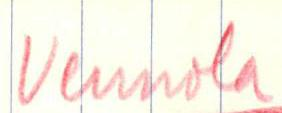
Vennola